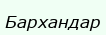
Бархандар